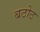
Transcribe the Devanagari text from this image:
बठोठ